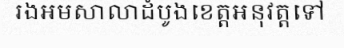
រងអមសាលាដំបូងខេត្តអនុវត្តទៅ